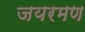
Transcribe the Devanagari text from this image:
जयरमण